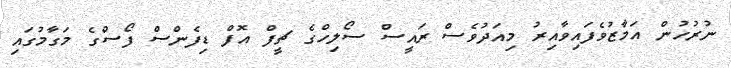
ނުރުހުން އަމާޒުވެފައިވާއިރު މިއަދުވެސް ރައީސް ސޯލިހްގެ ޗީފް އޮފް ޑިފެންސް ފޯސްގެ މަގާމުގައި